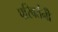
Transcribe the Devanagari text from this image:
परिवर्तनोँ